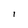
Character: I